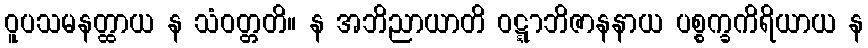
ဝူပသမနတ္ထာယ န သံဝတ္တတိ။ န အဘိညာယာတိ ဝဋ္ဋာဘိဇာနနာယ ပစ္စက္ခကိရိယာယ န